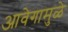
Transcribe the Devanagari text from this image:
आवेगामुळे